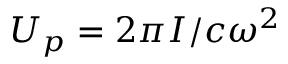
U _ { p } = { 2 \pi I } / { c \omega ^ { 2 } }